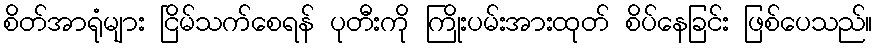
စိတ်အာရုံများ ငြိမ်သက်စေရန် ပုတီးကို ကြိုးပမ်းအားထုတ် စိပ်နေခြင်း ဖြစ်ပေသည်။